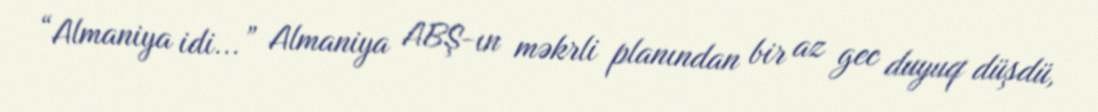
“Almaniya idi...” Almaniya ABŞ-ın məkrli planından bir az gec duyuq düşdü,